Document type: Sale
Year: 1235
Scribe: Pere de Bages
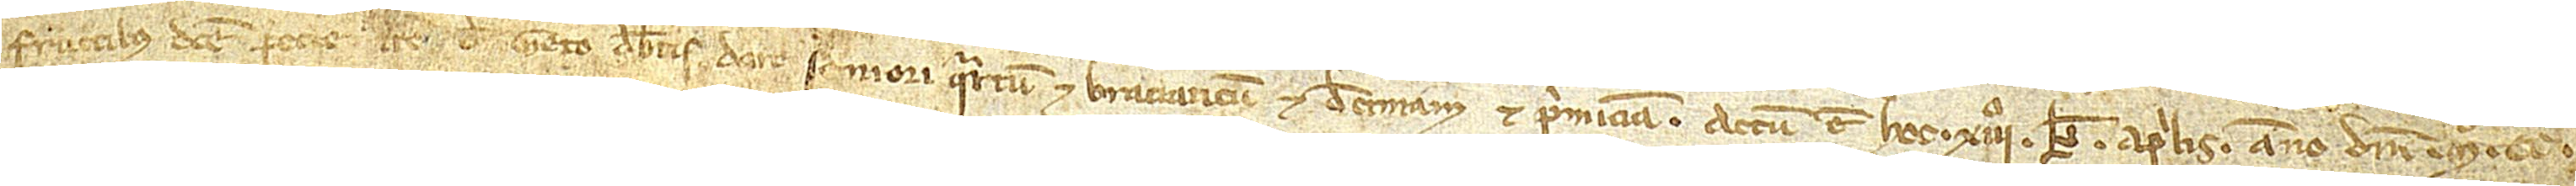
fructibus dicte pecie terre de Geto debetis dare seniori quartum et braciaticum, et decimam et primiciam.  Actum est hoc XIIIº kalendas aprilis, anno Domini Mº CCº